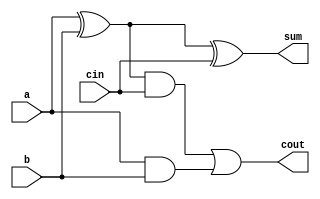
// 1-bit FullAdder Gate-Level
module oneBitfullAdderGateLevel(a, b, cin, cout, sum);

    input a, b, cin;
    output cout, sum;

    wire s1, s2, c1;

    xor(s1, a, b);
    and(c1, a, b);
    xor(sum, s1, cin);
    and(s2, s1, cin);
    or (cout, s2, c1);

endmodule